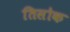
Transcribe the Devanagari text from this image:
तिसोक